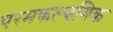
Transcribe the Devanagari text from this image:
परमकल्यणिक